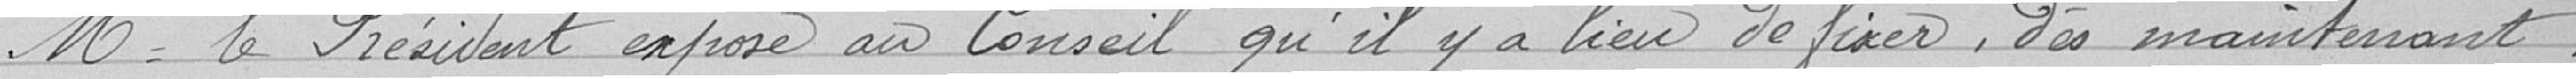
Monsieur le Président expose au Conseil qu'il y a lieu de fixer deès maintenant